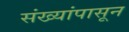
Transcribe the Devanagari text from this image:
संख्यांपासून